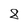
Character: 8